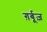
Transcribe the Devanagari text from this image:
ग़र्बूज़